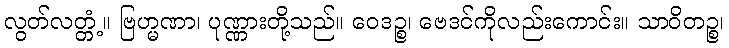
လွတ်လတ္တံ့။ ဗြဟ္မဏာ၊ ပုဏ္ဏားတို့သည်။ ဝေဒဉ္စ၊ ဗေဒင်ကိုလည်းကောင်း။ သာဝိတဉ္စ၊